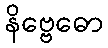
နိဗ္ဗေဓော